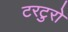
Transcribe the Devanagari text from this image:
टरटुरो